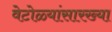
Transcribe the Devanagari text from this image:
वेटोळ्यांसारख्या